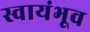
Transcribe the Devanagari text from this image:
स्वायंभूव